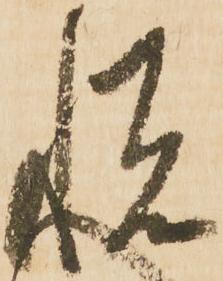
悦